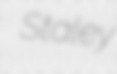
Staley